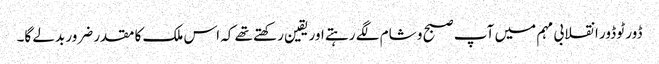
ڈور ٹو ڈور انقلابی مہم میں آپ صبح و شام لگے رہتے اور یقین رکھتے تھے کہ اس ملک کا مقدر ضرور بدلے گا۔